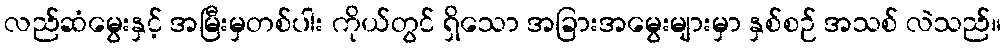
လည်ဆံမွေးနှင့် အမြီးမှတစ်ပါး ကိုယ်တွင် ရှိသော အခြားအမွေးများမှာ နှစ်စဉ် အသစ် လဲသည်။